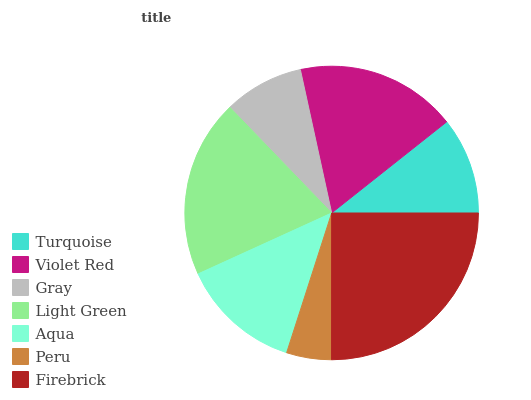
| Turquoise | Violet Red | Gray | Light Green | Aqua | Peru | Firebrick |
 | --- | --- | --- | --- | --- | --- | --- |
 | 10.7% | 17.8% | 8.78% | 19.6% | 13.2% | 4.95% | 25% |